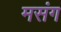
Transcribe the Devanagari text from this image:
मसंग